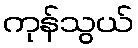
ကုန်သွယ်